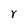
Character: r